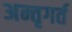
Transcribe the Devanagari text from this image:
अन्तृगर्त